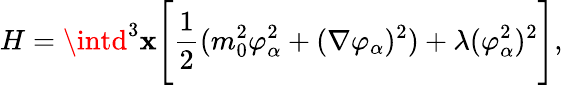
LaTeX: H=\intd^{3}\mathbf{x}\Biggl[{\frac{{1}}{{2}}}(m_{0}^{2}\varphi_{\alpha}^{2}+(\nabla\varphi_{\alpha})^{2})+\lambda(\varphi_{\alpha}^{2})^{2}\Biggr],\,